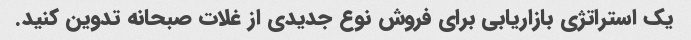
یک استراتژی بازاریابی برای فروش نوع جدیدی از غلات صبحانه تدوین کنید.